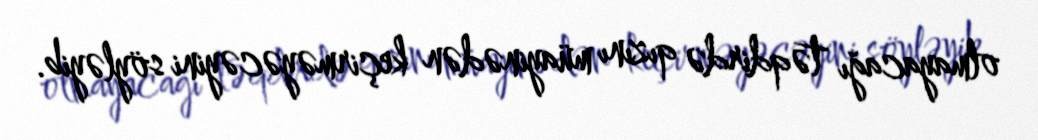
olmayacağı təqdirdə qızını müayinədən keçirməyəcəyini söyləyib.